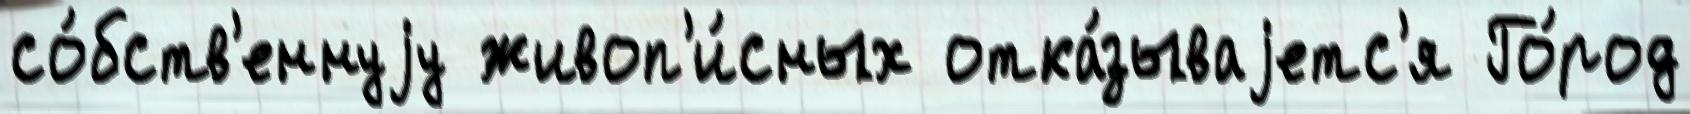
со́бств'еннуjу живоп'и́сных отка́зываjетс'я Го́род